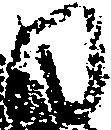
日